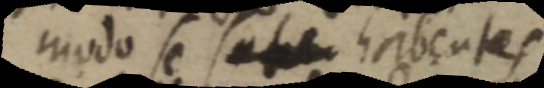
modo se sete habentes